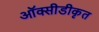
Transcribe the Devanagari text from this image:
ऑक्सीडीकृत